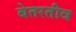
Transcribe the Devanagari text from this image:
बेतरतीव